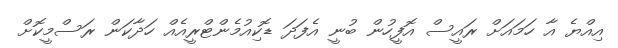
އިއްޔެ އާ ހަމައަށް ރައީސް އޮފީހުން ބުނީ އެފަދަ ޑޮކިއުމެންޓްރީއެއް ހަދާކަން ރަސްމީކޮށް